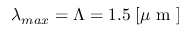
\lambda _ { m a x } = \Lambda = 1 . 5 \; [ \mu \mathrm { ~ m ~ } ]